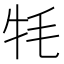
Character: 牦